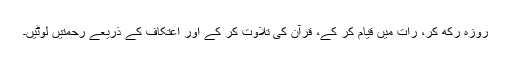
روزہ رکھ کر، رات میں قیام کر کے، قرآن کی تلاوت کر کے اور اعتکاف کے ذریعے رحمتیں لُوٹیں۔